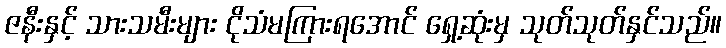
ဇနီးနှင့် သားသမီးများ ငိုသံမကြားရအောင် ရှေ့ဆုံးမှ သုတ်သုတ်နှင်သည်။